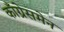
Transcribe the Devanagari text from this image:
काँग्रेसमेन